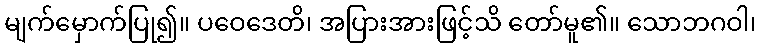
မျက်မှောက်ပြု၍။ ပဝေဒေတိ၊ အပြားအားဖြင့်သိ တော်မူ၏။ သောဘဂဝါ၊